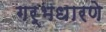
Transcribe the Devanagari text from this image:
गर्भधारणे